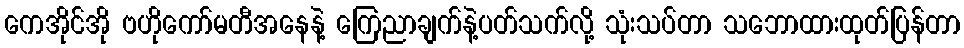
ကေအိုင်အို ဗဟိုကော်မတီအနေနဲ့ ကြေညာချက်နဲ့ပတ်သက်လို့ သုံးသပ်တာ သဘောထားထုတ်ပြန်တာ